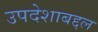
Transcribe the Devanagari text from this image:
उपदेशाबद्दल